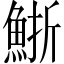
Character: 䱑